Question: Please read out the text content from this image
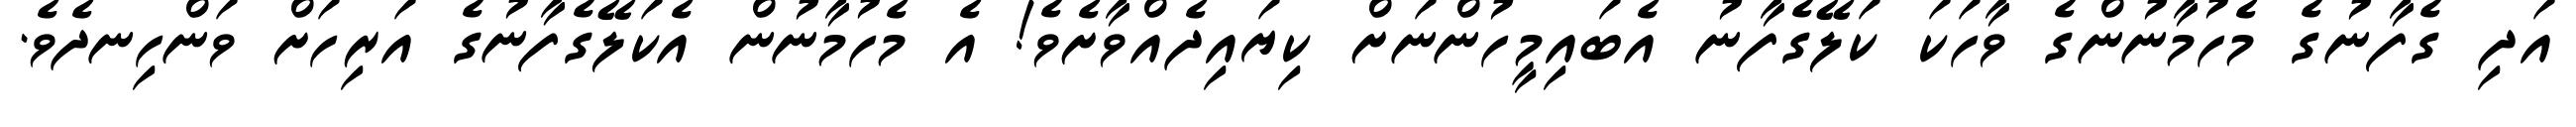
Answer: އަދި ގެފާނުގެ މެހުމާނުންގެ ވާހަކަ ކަލޭގެފާނު އެބައިމީހުންނަށް ކިޔައިދެއްވާށެވެ! އެ މެހުމާނުން އެކަލޭގެފާނުގެ އަރިހަށް ވަންހިނދެވެ.